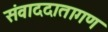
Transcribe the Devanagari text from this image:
संवाददातागण